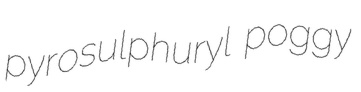
pyrosulphuryl poggy